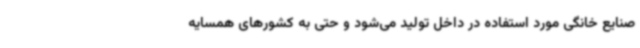
صنایع خانگی مورد استفاده در داخل تولید می‌شود و حتی به کشورهای همسایه